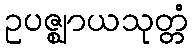
ဥပဇ္ဈာယသုတ္တံ